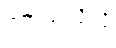
ရှက်သလိုလို